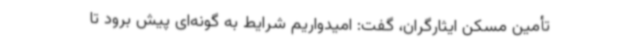
تأمین مسکن ایثارگران، گفت: امیدواریم شرایط به گونه‌ای پیش برود تا